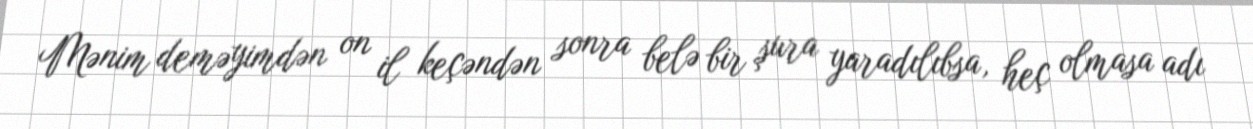
Mənim deməyimdən on il keçəndən sonra belə bir şura yaradılıbsa, heç olmasa adı